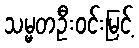
သမ္မတဦးဝင်းမြင့်